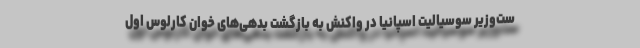
ست‌وزیر سوسیالیت اسپانیا در واکنش به بازگشت بدهی‌های خوان کارلوس اول